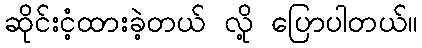
ဆိုင်းငံ့ထားခဲ့တယ် လို့ ပြောပါတယ်။